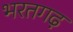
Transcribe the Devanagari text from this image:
भरतगढ़